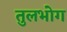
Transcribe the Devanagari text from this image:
तुलभोग